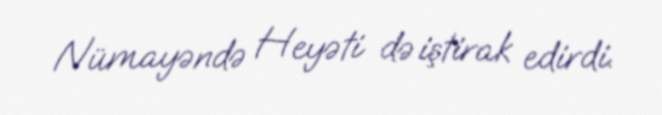
Nümayəndə Heyəti də iştirak edirdi.